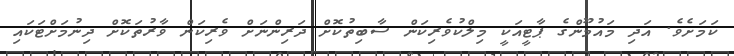
ކަމަށެވެ. އަދި މައުމޫންގެ ޕާޓީއަކީ މިލްކުވެރިކަން ސާބިތުކޮށް ދަރިންނަށް ވެރިކަން ވާރުތަކޮށް ދިނުމަށްޓަކައި